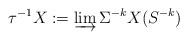
LaTeX: \begin{align*}\tau^{-1} X :=\varinjlim \Sigma^{-k} X(S^{-k})\end{align*}